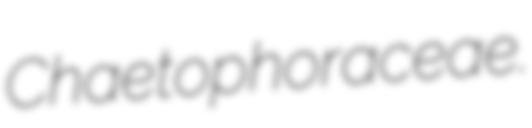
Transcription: Chaetophoraceae.